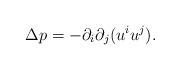
LaTeX: \begin{align*} \Delta p = -\partial_i \partial_j (u^iu^j).\end{align*}